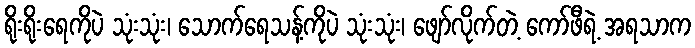
ရိုးရိုးရေကိုပဲ သုံးသုံး၊ သောက်ရေသန့်ကိုပဲ သုံးသုံး၊ ဖျော်လိုက်တဲ့ ကော်ဖီရဲ့ အရသာက